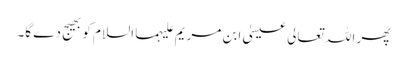
پھر اللہ تعالی عیسیٰ ابن مریم علیہما السلام کو بھیج دے گا۔